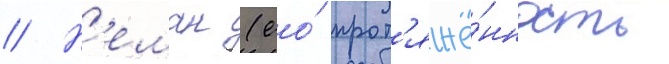
// Н'еман (ео́ прот'яжё́нность